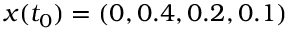
x ( t _ { 0 } ) = ( 0 , 0 . 4 , 0 . 2 , 0 . 1 )